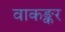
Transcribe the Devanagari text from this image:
वाकङ्कर